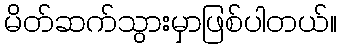
မိတ်ဆက်သွားမှာဖြစ်ပါတယ်။